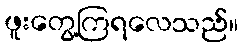
ဖူးတွေ့ကြရလေသည်။